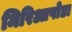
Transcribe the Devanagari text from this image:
मिरिआपोडा